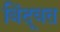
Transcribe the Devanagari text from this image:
बिंदूवत